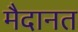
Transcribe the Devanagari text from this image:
मैदानत